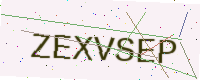
Text: ZEXVSEP